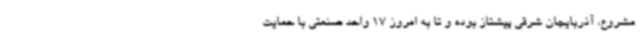
مشروع، آذربایجان شرقی پیشتاز بوده و تا به امروز 17 واحد صنعتی با حمایت